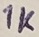
Text: 1K